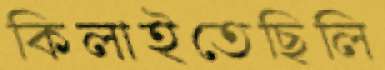
কিলাইতেছিলি